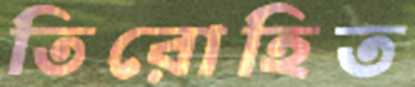
তিরোহিত